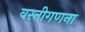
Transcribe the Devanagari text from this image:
वस्तीगणना